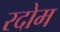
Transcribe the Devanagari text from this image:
रदोम